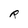
Character: R